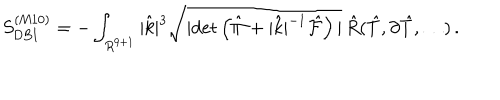
LaTeX: S _ { \mathrm { D B I } } ^ { ( \mathrm { M 1 0 } ) } = - \int _ { R ^ { 9 + 1 } } | { \hat { k } } | ^ { 3 } \sqrt { | \mathrm { d e t } \left( { \hat { \Pi } } + | { \hat { k } } | ^ { - 1 } { \hat { \cal F } } \right) | } \, { \hat { R } } ( { \hat { T } } , \partial { \hat { T } } , \dots ) \, .